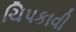
ચિપકાવી